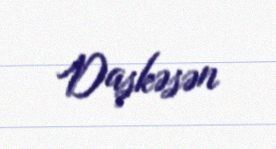
Daşkəsən